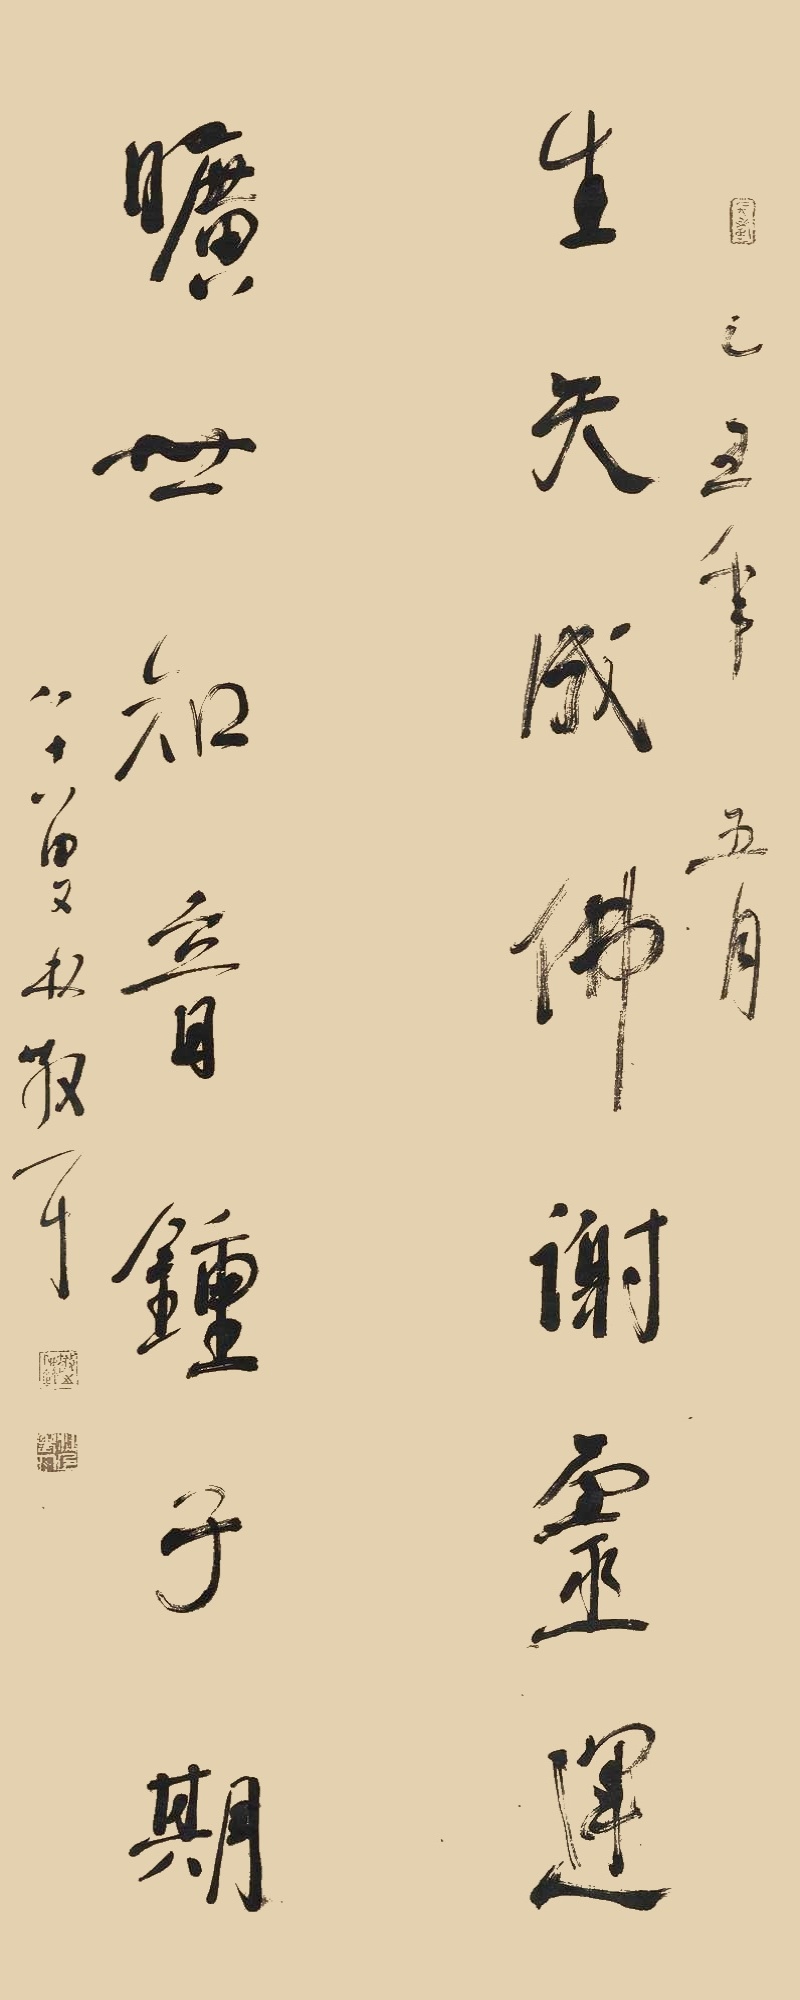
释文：生天成佛谢灵运，旷世知音钟子期。乙丑年五月，八十八叟林散耳。